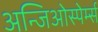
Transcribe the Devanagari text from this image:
अन्जिओस्पेर्म्स